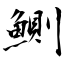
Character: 鰂